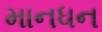
માનધન